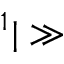
^ 1 | \gg